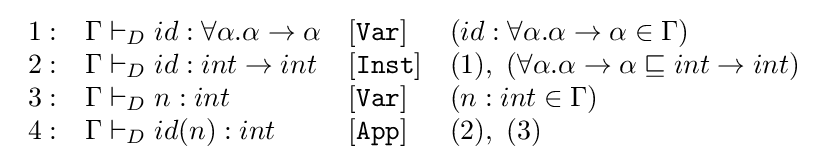
{\begin{array}{llll}1:&\Gamma \vdash _{D}id:\forall \alpha .\alpha \rightarrow \alpha &[{\mathtt {Var}}]&(id:\forall \alpha .\alpha \rightarrow \alpha \in \Gamma )\\2:&\Gamma \vdash _{D}id:int\rightarrow int&[{\mathtt {Inst}}]&(1),\ (\forall \alpha .\alpha \rightarrow \alpha \sqsubseteq int\rightarrow int)\\3:&\Gamma \vdash _{D}n:int&[{\mathtt {Var}}]&(n:int\in \Gamma )\\4:&\Gamma \vdash _{D}id(n):int&[{\mathtt {App}}]&(2),\ (3)\\\end{array}}